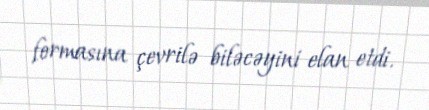
formasına çevrilə biləcəyini elan etdi.